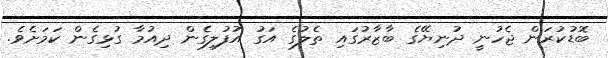
ބޮޑުކުރަން ޖެހުނީ ދުނިޔޭގެ ބާޒާރުގައި ތެލުގެ އަގު އުފުލިގެން ދިއުމާ ގުޅިގެން ކަމަށެވެ.